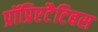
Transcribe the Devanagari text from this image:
प्रॉप्रिएटैटिबस